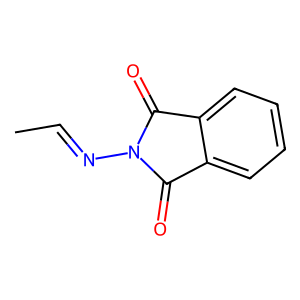
SMILES: CC=NN1C(=O)c2ccccc2C1=O
Inhibits HIV replication: No